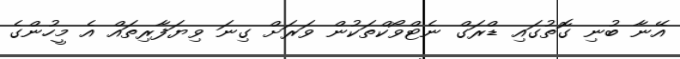
އޭނާ ބުނި ގޮތުގައި ޑްރަގް ނެޓްވޯކްތަކުން ވަރަށް ގިނަ ވިޔަފާރިތައް އެ މީހުންގެ